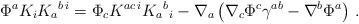
LaTeX: \begin{align*}\Phi^a K_i K_a{}^{b\,i} =\Phi_c K^{ac\,i} K_a{}^b{}_i - \nabla_a \left( \nabla_c \Phi^c\gamma^{ab} - \nabla^b \Phi^a \right)\,.\end{align*}